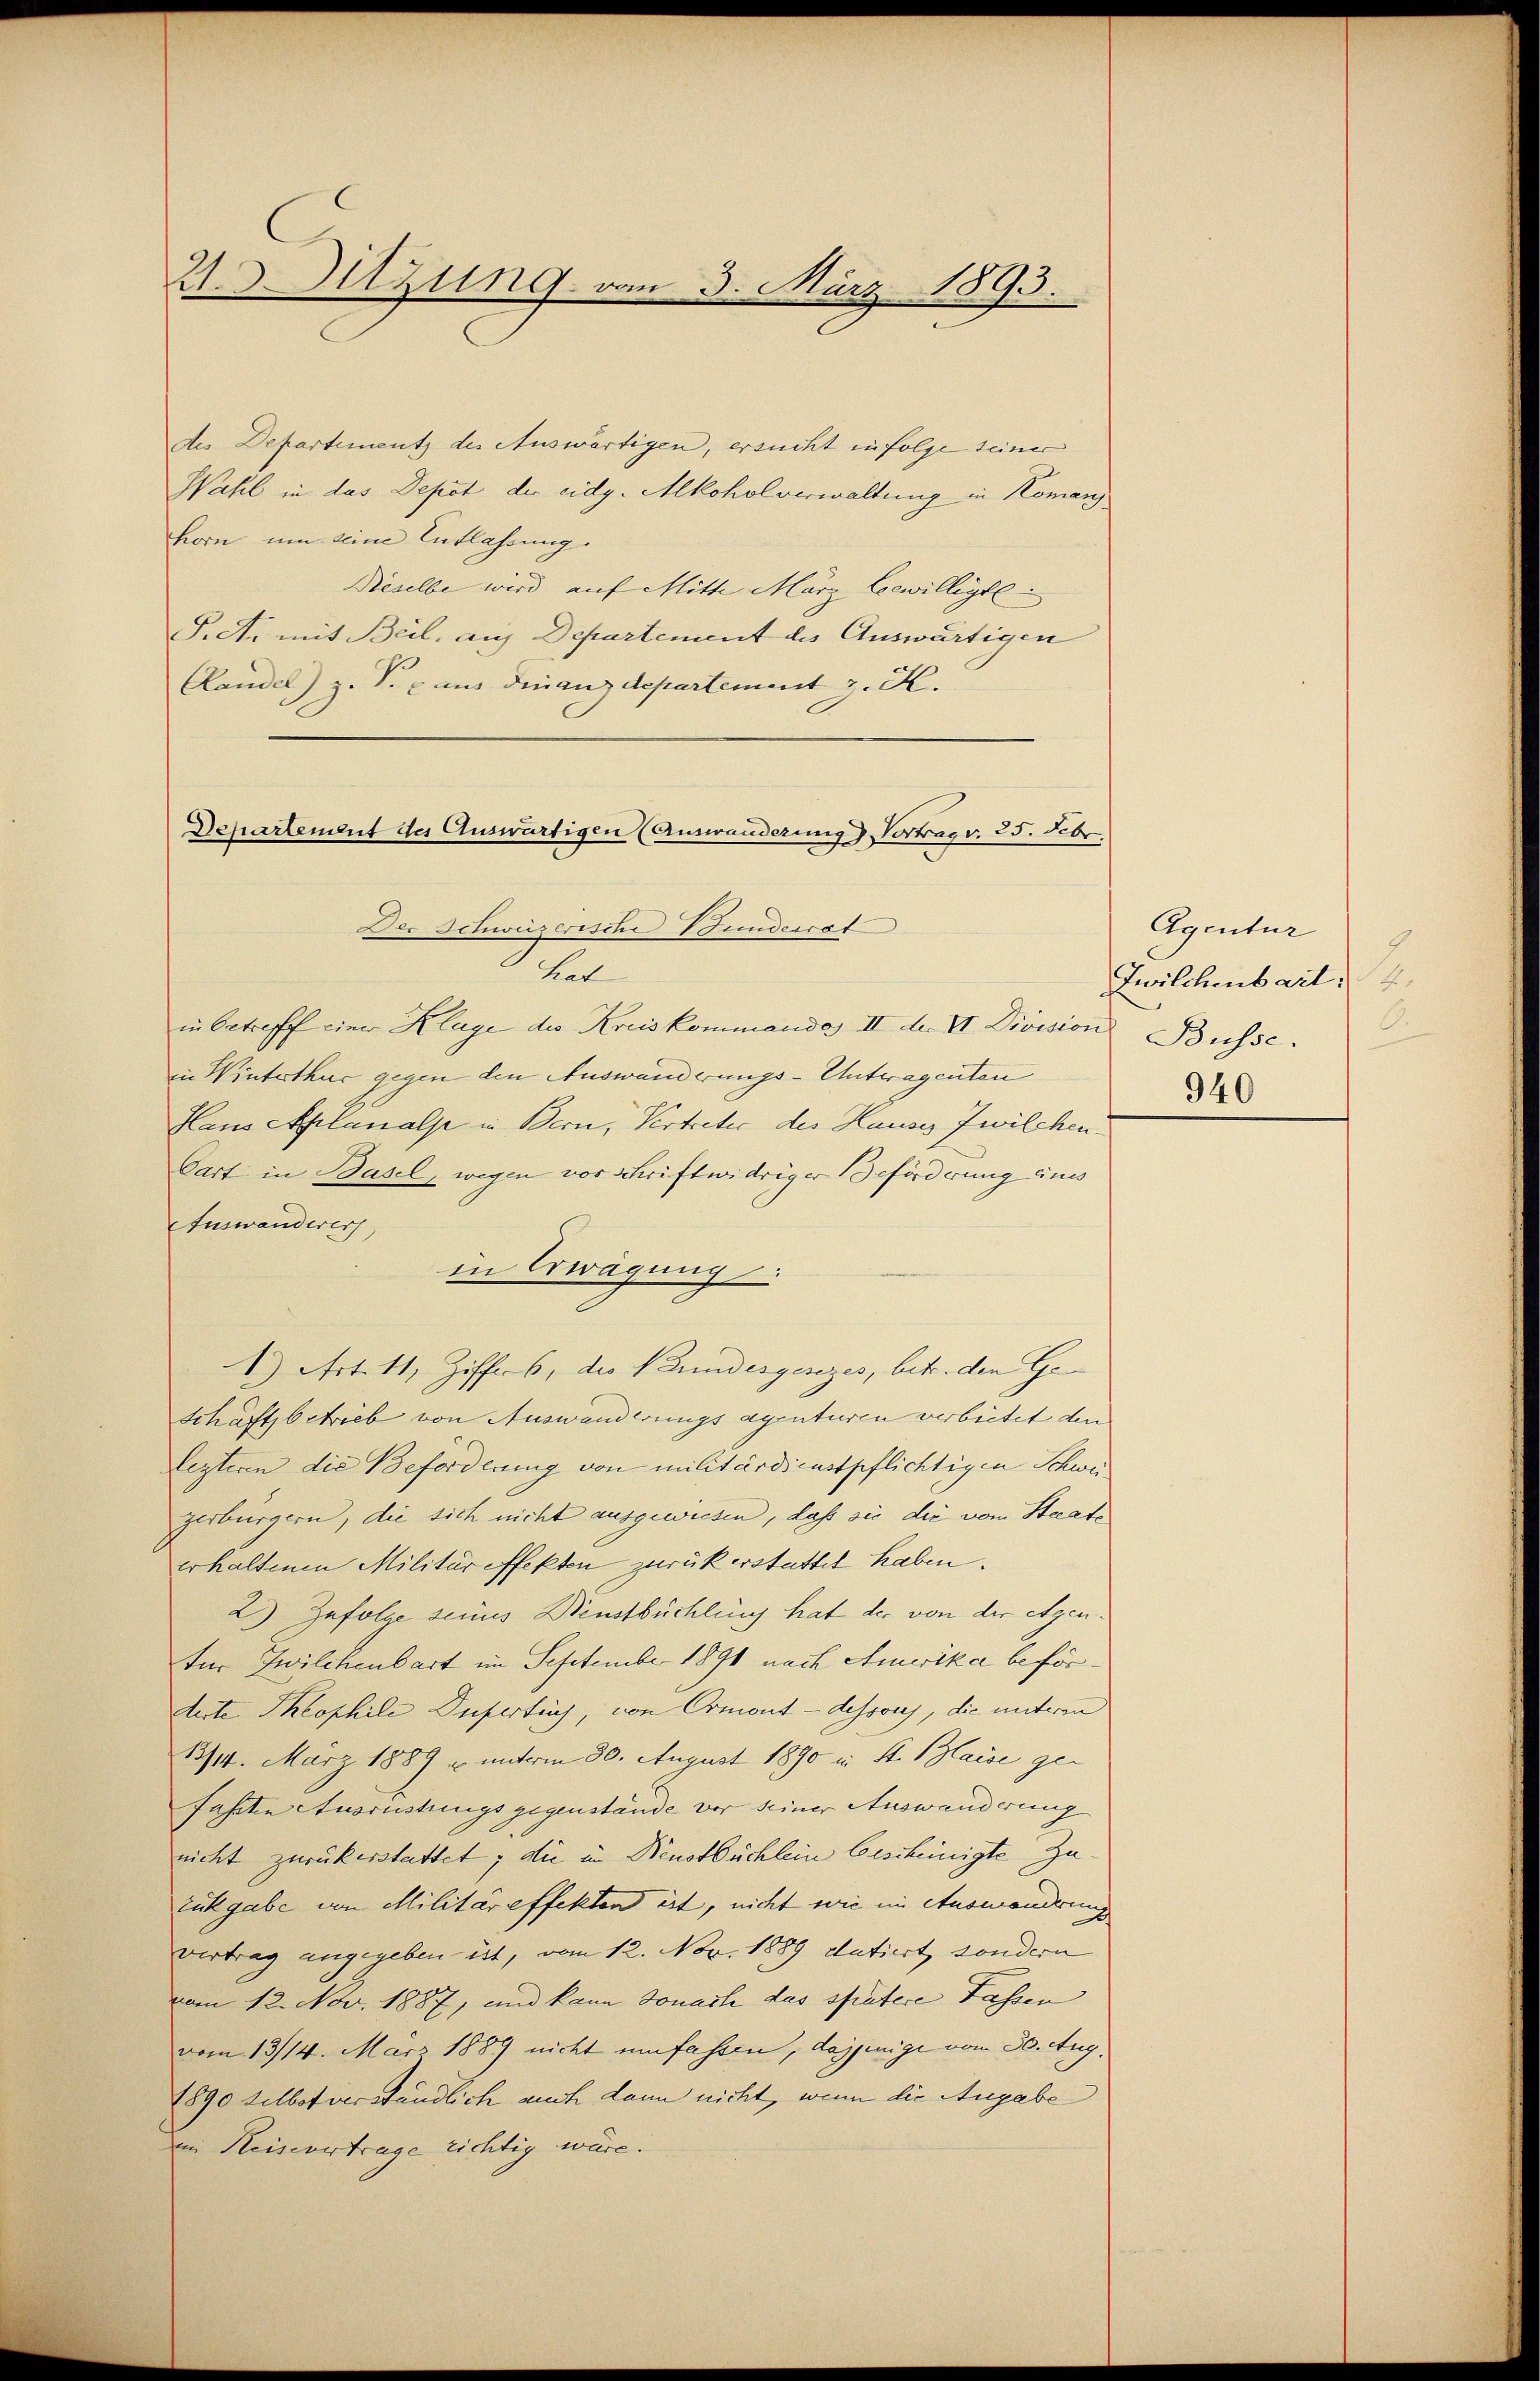
213. Sitzung vom 3. März 1893.

des Departement des Auswärtigen, ersucht infolge seiner
Wahl in das Depot der eidg. Alkoholverwaltung in Komanzhorn um seine Entlassung.
Neselbe wird auf Mitte März bewilligte
P.A. mit Beil, auf Departement des Auswärtigen
Clandel) z. S. aus Finanzdepartement z. K.
Departement der Auswärtigen (Auswanderung Vortrag v. 25. Febr.

Der Schweiserische Stunderrat

3 hat
in betreff einer Klage des Kreiskommenda II der VI. Division Büsse.
in Winterthur gegen den Auswanderungs-Untwagenten
Hans Aplanalp in Bern, Vertreter des Hauses Zwilchen¬
Cart in Basel, wegen vor schriftwidriger Beförderung eines
Auswanderers,
in Erwägung:
1.) Art. 11, Ziffers, des Neundesgesezes, betr. den Ge¬
Schäftsbetrieb von Auswanderungs agenturen verbietet den
lezteren die Beforderung von militärdienstpflichtigen Schweizerbürgern, die sich nicht ausgewiesen, daß sie die vom Staate
erhaltenen Militär effekten zurück erstattet haben.
2) Zufolge seines Menstbüchling hat der von der Agen
für Zwilchenbart im September 1891 nach Amerika befördirte Theophile Desertes, von Ormont-dessous, die unterm
13/14. März 1889 u unterm 30. August 1890 in St. Blaise gefahrten Ausrüstungs gegenstände vor seiner Auswanderung
nicht zurückerstattet; die in Neustbüchlein bescheinigte Zu¬
Zukgabe von Militäreffekten ist, nicht wie im Auswanderung
vertrag angegeben ist, vom 12. Nov. 1889 datiert, sondern
vom 12. Nov. 1887, und kann Sonach das spätere Fassen
vom 13/14. März 1889 nicht umfassen, dasjenige vom 30. Aug.
1890 selbst verständlich auch dann nicht, wenn die Angabe
im Heisevertrage richtig wäre.

Agentur
9
Zwilchenbart
940